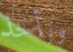
ونأخذ